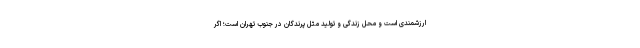
ارزشمندی است و محل زندگی و تولید مثل پرندگان در جنوب تهران است؛ اگر